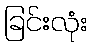
ခြင်းလုံး